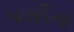
પાસીના